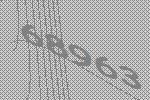
68963